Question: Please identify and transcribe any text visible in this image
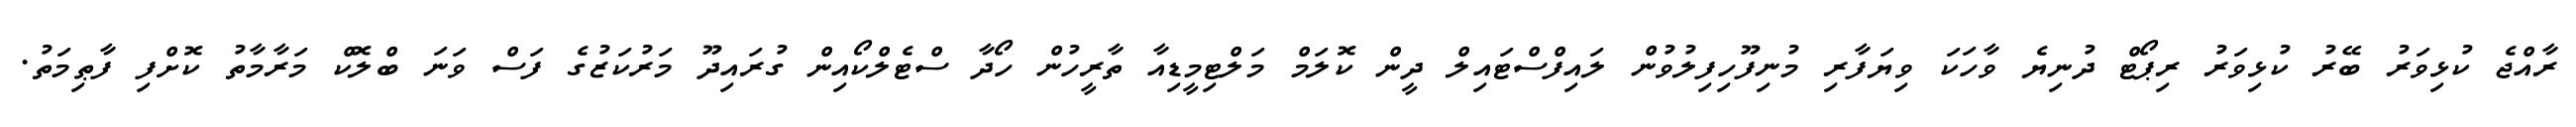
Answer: ރާއްޖެ ކުޅިވަރު ބޭރު ކުޅިވަރު ރިޕޯޓް ދުނިޔެ ވާހަކަ ވިޔަފާރި މުނިފޫހިފިލުވުން ލައިފްސްޓައިލް ދީން ކޮލަމް މަލްޓިމީޑިއާ ތާރީހުން ހޯދާ ސްޓެލްކޯއިން ގުރައިދޫ މަރުކަޒުގެ ފަސް ވަނަ ބްލޮކް މަރާމާތު ކޮށްފި ފާޠިމަތު.